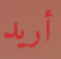
أريد